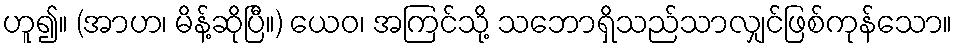
ဟူ၍။ (အာဟ၊ မိန့်ဆိုပြီ။) ယေဝ၊ အကြင်သို့ သဘောရှိသည်သာလျှင်ဖြစ်ကုန်သော။